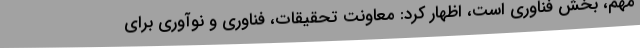
مهم، بخش فناوری است، اظهار کرد: معاونت تحقیقات، فناوری و نوآوری برای